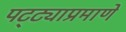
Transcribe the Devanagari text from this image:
पट्ट्याप्रमाणे